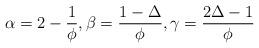
LaTeX: \begin{align*}\alpha = 2 -{1\over{\phi}}, \beta = {{1-\Delta}\over{\phi}}, \gamma = {{2\Delta -1}\over{\phi}}\end{align*}